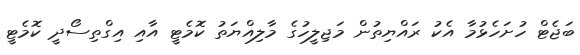
ބަޖެޓް ހުށަހެޅުމާ އެކު ރައްޔިތުން މަޖިލީހުގެ މާލިއްޔަތު ކޮމެޓީ އާއި އިގްތިސޯދީ ކޮމެޓީ